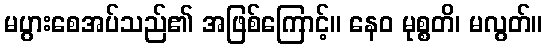
မပွားစေအပ်သည်၏ အဖြစ်ကြောင့်။ နေဝ မုစ္စတိ၊ မလွတ်။